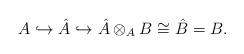
LaTeX: \begin{align*}A \hookrightarrow \hat A \hookrightarrow \hat{A} \otimes_A B \cong \hat B = B.\end{align*}